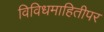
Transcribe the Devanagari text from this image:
विविधमाहितीपर